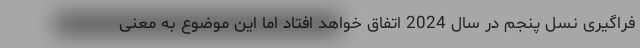
فراگیری نسل پنجم در سال 2024 اتفاق خواهد افتاد اما این موضوع به معنی